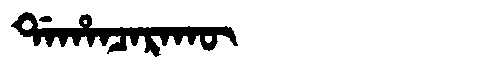
Manchu: ᡩᠠᡥᠠᠨᠴᠠᡵᠠᡴᡡ
Romanization: DAHANCARAKŪ